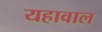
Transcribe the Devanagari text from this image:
यहावाल